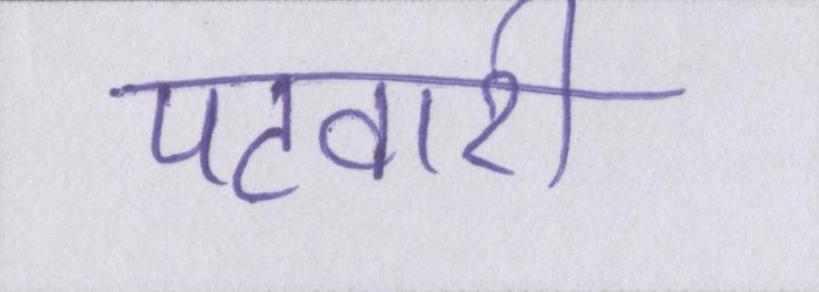
पटवारी